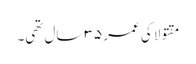
مقتولا کی عمر ٣٥ سال تھی۔